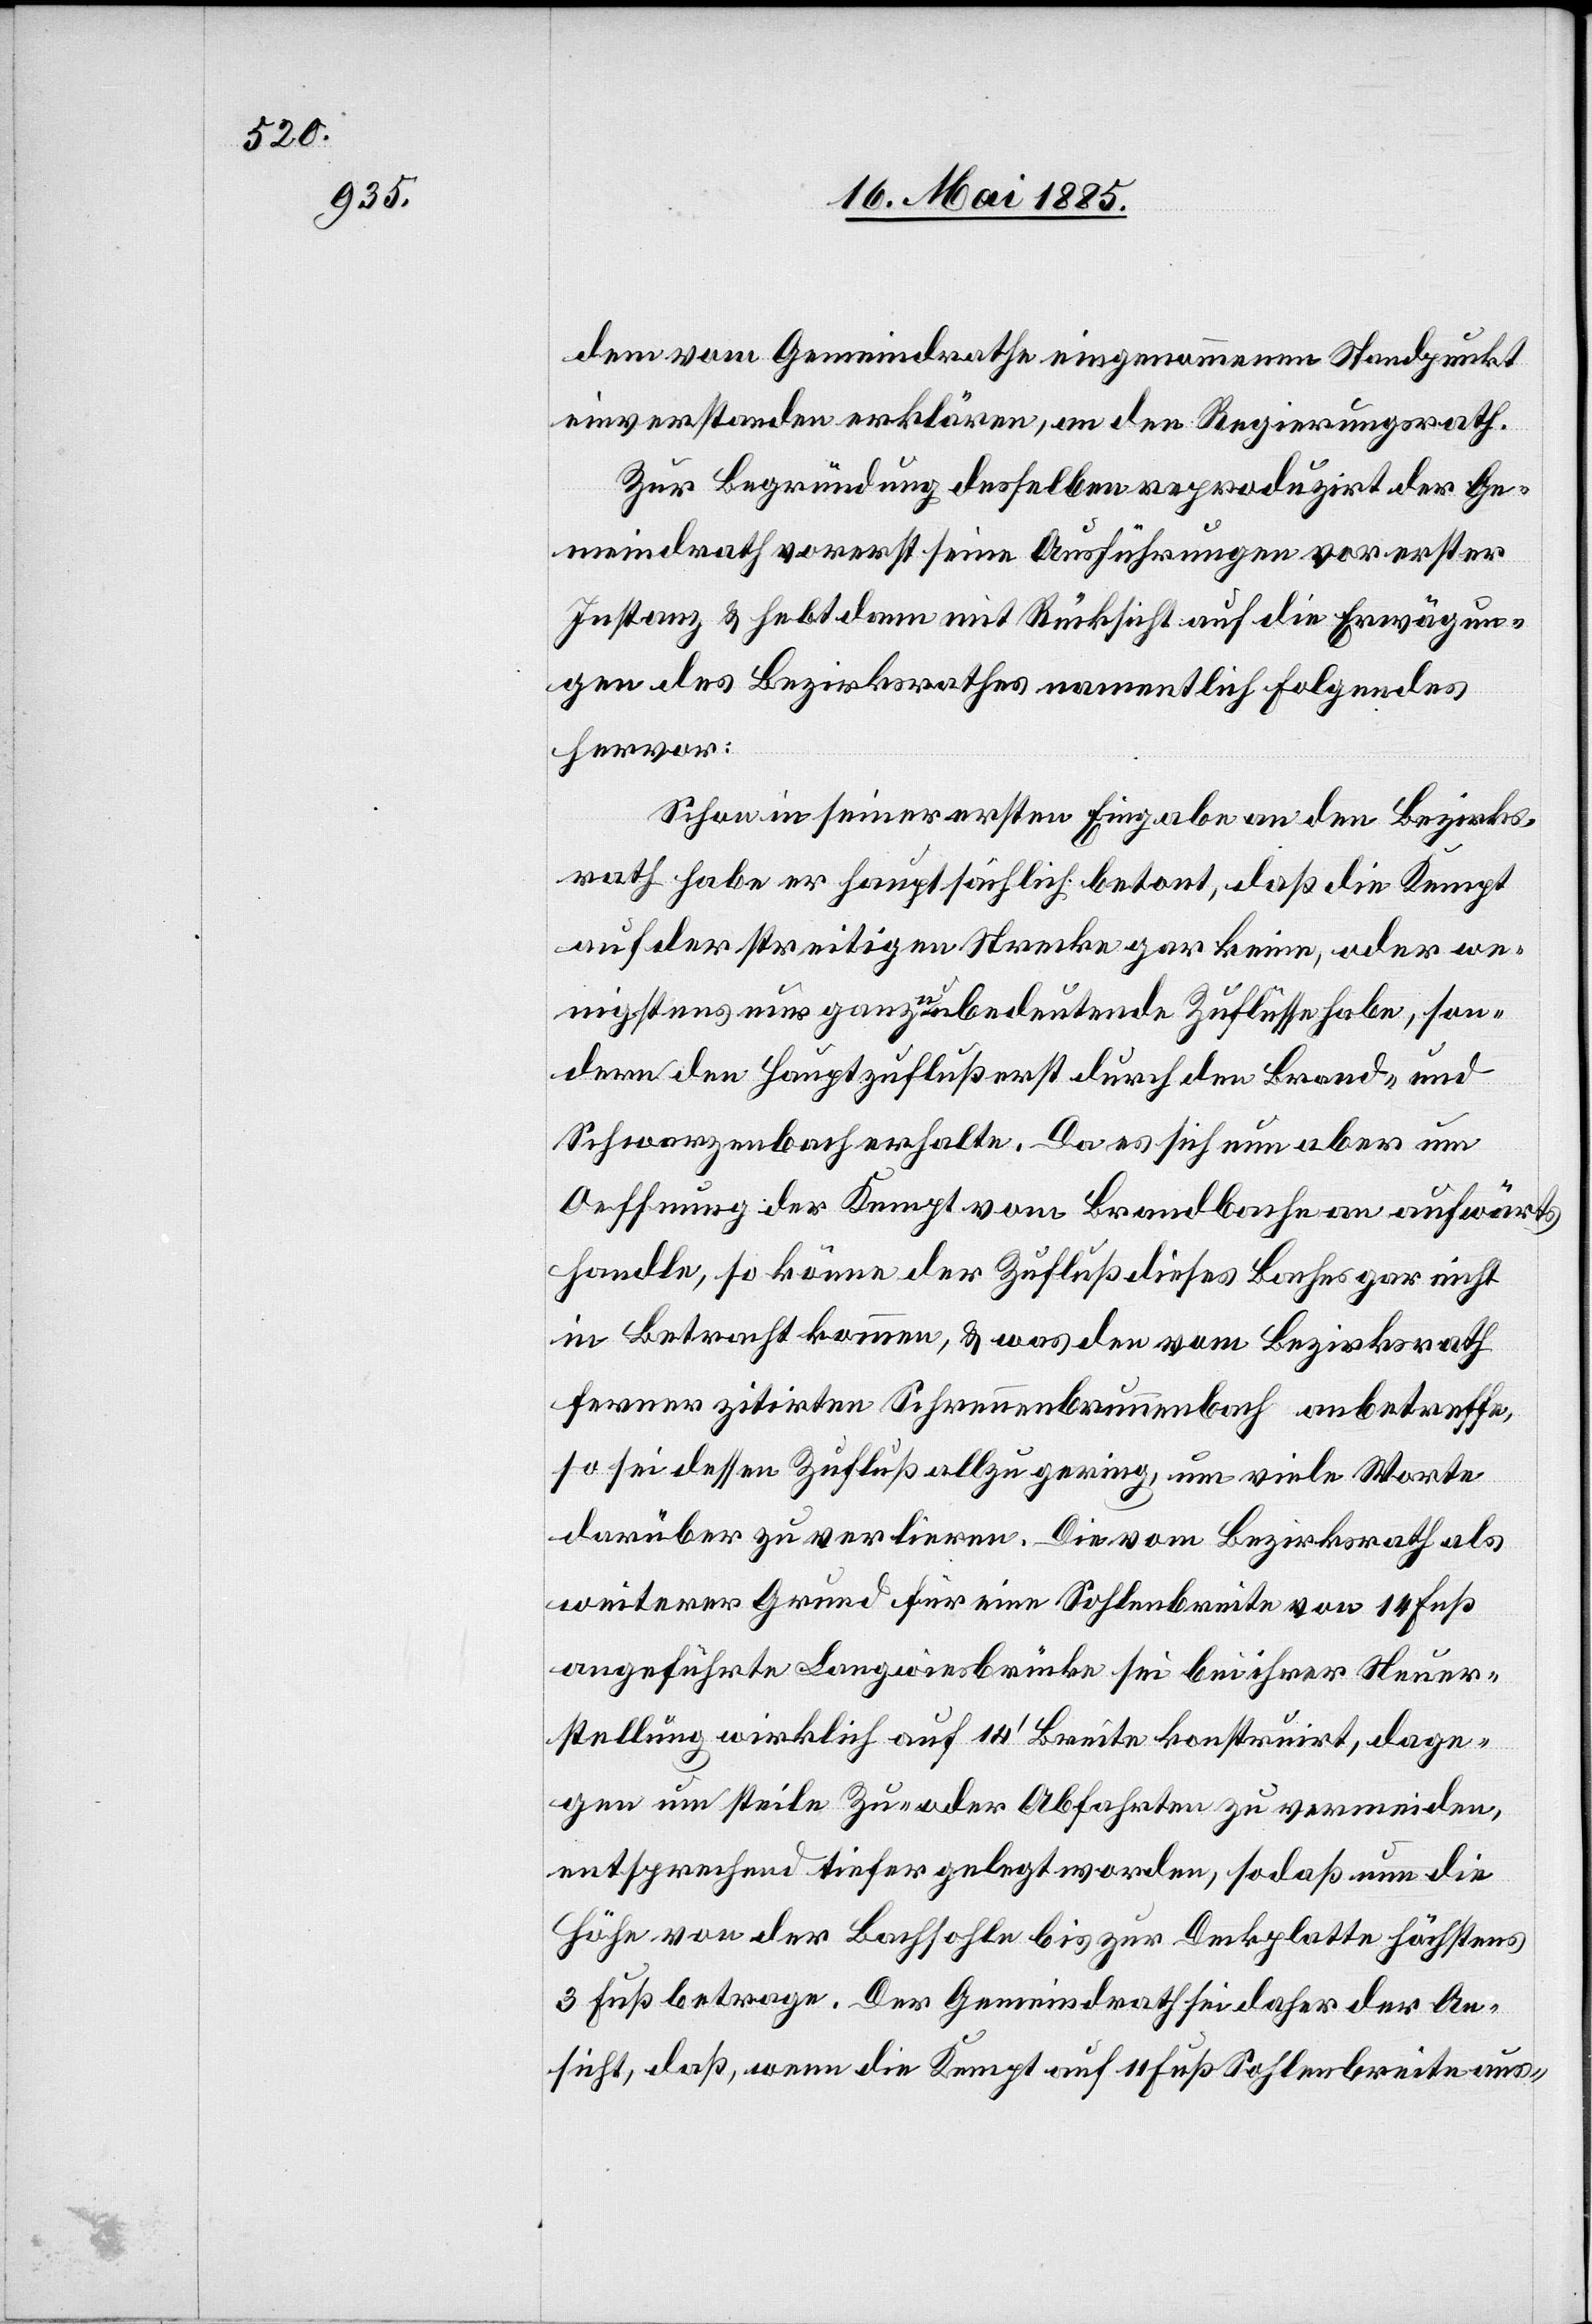
dem vom Gemeindrath eingenommenen Standpunkt
einverstanden erklären, an den Regierungsrath.
Zur Begründung desselben reproduzirt der Ge¬
meindrath vorerst seine Ausführungen vor erster
Instanz & hebt dann mit Rücksicht auf die Erwägun¬
gen des Bezirksrathes namentlich folgendes
hervor:
Schon in seiner ersten Eingabe an den Bezirks¬
rath habe er hauptsächlich betont, daß die Kempt
auf der streitigen Strecke gar keine, oder we¬
nigstens nur ganz unbedeutende Zuflüsse habe, son¬
dern den Hauptzufluß erst durch den Brand- und
Schwarzenbach erhalte. Da es sich nun aber um
Oeffnung der Kempt vom Brandbache an aufwärts
handle, so könne der Zufluß dieses Baches gar nicht
in Betracht kommen, & was den vom Bezirksrath
ferner zitirten Schreuenbrunnenbach anbetreffe,
so sei dessen Zufluß allzu gering, um viele Worte
darüber zu verlieren. Die vom Bezirksrath als
weiterer Grund für eine Sohlenbreite von 14 Fuß
angeführte Langwiesbrücke sei bei ihrer Neuer¬
stellung wirklich auf 14’ Breite konstruirt, dage¬
gen um steile Zu- oder Abfahrten zu vermeiden,
entsprechend tiefer gelegt worden, so daß nun die
Höhe von der Bachsohle bis zur Deckplatte höchstens
3 Fuß betrage. Der Gemeindrath sei daher der An¬
sicht, daß, wenn die Kempt auf 11 Fuß Sohlenbreite aus-